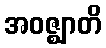
အဝဇ္ဈာတိ